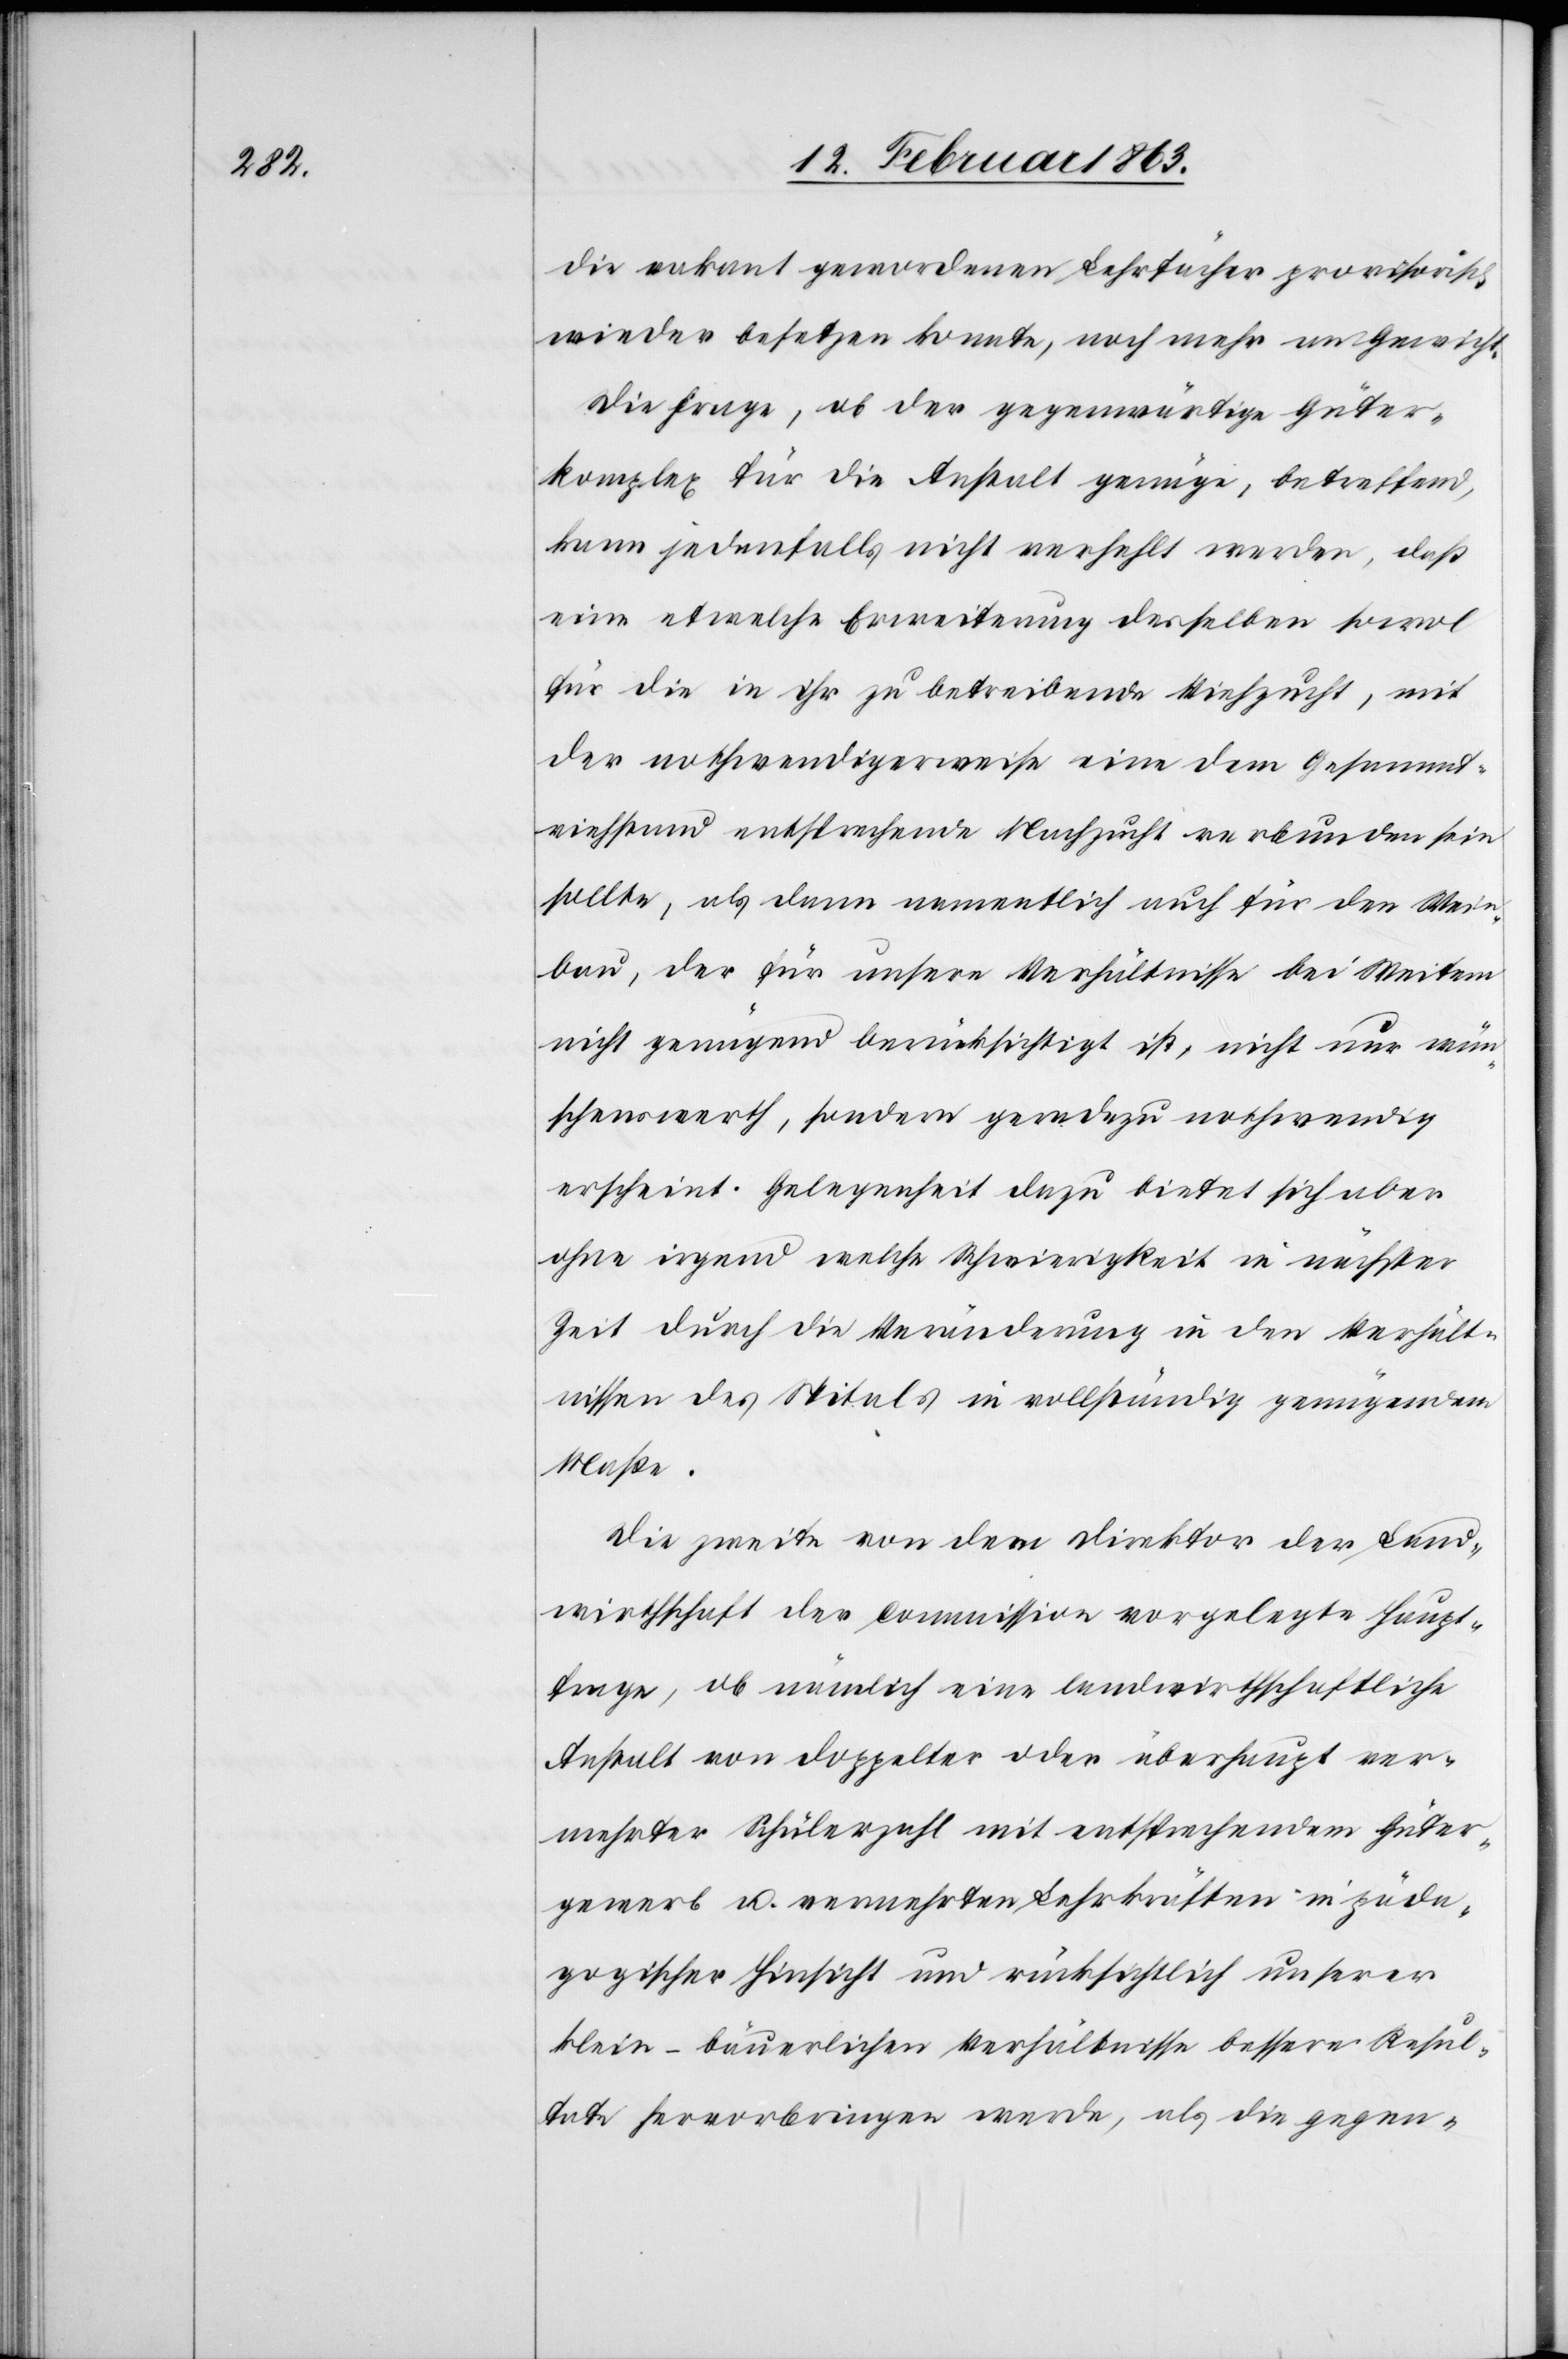
die vakant gewordenen Lehrfächer provisorisch
wieder besetzen konnte, noch mehr an Gewicht.
Die Frage, ob der gegenwärtige Güter¬
komplex für die Anstalt genüge, betreffend
kann jedenfalls nicht verfehlt werden, daß
eine etwelche Erweiterung desselben sowol
für die in ihr zu betreibende Viehzucht, mit
der nothwendigerweise eine dem Gesammt¬
viehstand entsprechende Nachzucht verbunden sein
sollte, als dann namentlich auch für den Wein¬
bau, der für unsere Verhältnisse bei Weitem
nicht genügend berücksichtigt ist, nicht nur wün¬
schenswerth, sondern geradezu nothwendig
erscheint. Gelegenheit dazu bietet sich aber
ohne irgend welche Schwierigkeit in nächster
Zeit durch die Veränderung in den Verhält¬
nissen des Spitals in vollständig genügendem
Maße.
Die zweite von dem Direktor der Land¬
wirthschaft der Commission vorgelegte Haupt¬
frage, ob nämlich eine landwirthschaftliche
Anstalt von doppelter oder überhaupt ver¬
mehrter Schülerzahl mit entsprechendem Güter¬
gewerb u. vermehrten Lehrkräften in päda¬
gogischer Hinsicht und rücksichtlich unserer
klein-bäuerlichen Verhältnisse bessere Resul¬
tate hervorbringen werde, als die gegen-